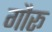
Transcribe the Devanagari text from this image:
गौरू